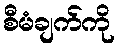
စီမံချက်ကို